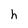
Character: h